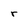
Character: r